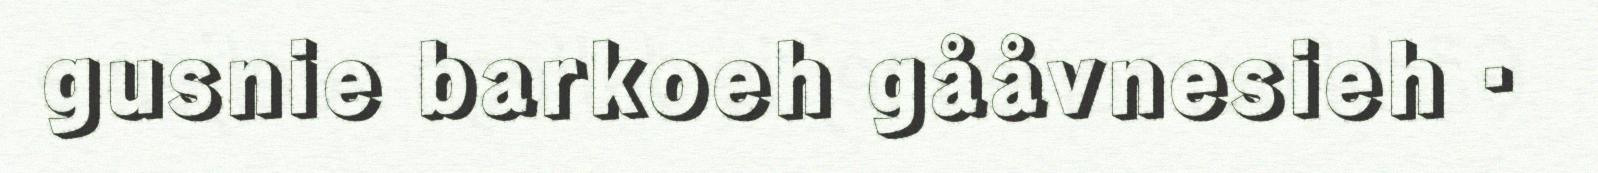
gusnie barkoeh gååvnesieh ·